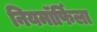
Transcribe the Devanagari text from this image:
नियमॉर्फिला